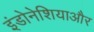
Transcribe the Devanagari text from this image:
इंडोनेशियाऔर